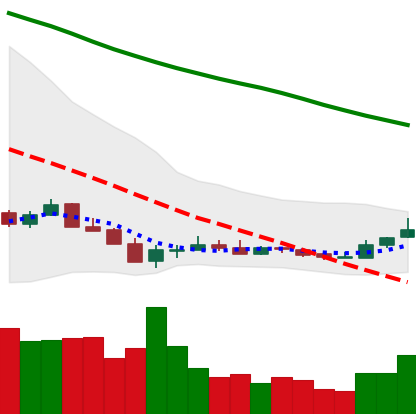
Ticker: ETC-USD
Chart end date: 2018-12-19
Forward return: 16.642%
Label: up_7plus